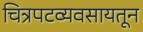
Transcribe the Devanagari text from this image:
चित्रपटव्यवसायतून